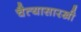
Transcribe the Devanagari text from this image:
चैत्यासारखी